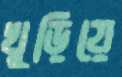
খুড়িয়ে